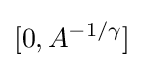
[0,A^{-1/\gamma }]